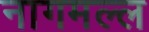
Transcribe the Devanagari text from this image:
नागमल्ल